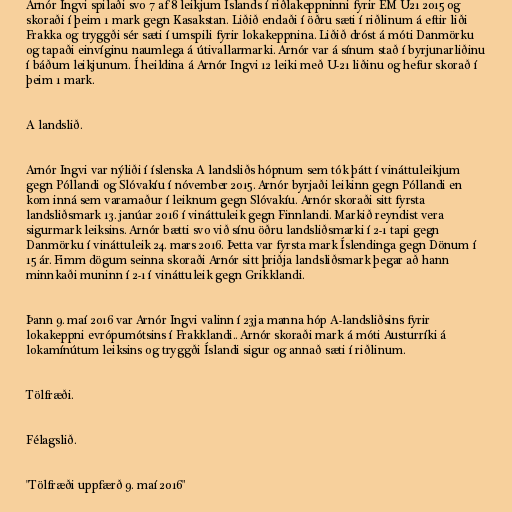
Arnór Ingvi spilaði svo 7 af 8 leikjum Íslands í riðlakeppninni fyrir EM U21 2015 og
skoraði í þeim 1 mark gegn Kasakstan. Liðið endaði í öðru sæti í riðlinum á eftir liði
Frakka og tryggði sér sæti í umspili fyrir lokakeppnina. Liðið dróst á móti Danmörku
og tapaði einvíginu naumlega á útivallarmarki. Arnór var á sínum stað í byrjunarliðinu
í báðum leikjunum. Í heildina á Arnór Ingvi 12 leiki með U-21 liðinu og hefur skorað í
þeim 1 mark.

A landslið.

Arnór Ingvi var nýliði í íslenska A landsliðs hópnum sem tók þátt í vináttuleikjum
gegn Póllandi og Slóvakíu í nóvember 2015. Arnór byrjaði leikinn gegn Póllandi en
kom inná sem varamaður í leiknum gegn Slóvakíu. Arnór skoraði sitt fyrsta
landsliðsmark 13. janúar 2016 í vináttuleik gegn Finnlandi. Markið reyndist vera
sigurmark leiksins. Arnór bætti svo við sínu öðru landsliðsmarki í 2-1 tapi gegn
Danmörku í vináttuleik 24. mars 2016. Þetta var fyrsta mark Íslendinga gegn Dönum í
15 ár. Fimm dögum seinna skoraði Arnór sitt þriðja landsliðsmark þegar að hann
minnkaði muninn í 2-1 í vináttuleik gegn Grikklandi.

Þann 9. maí 2016 var Arnór Ingvi valinn í 23ja manna hóp A-landsliðsins fyrir
lokakeppni evrópumótsins í Frakklandi.. Arnór skoraði mark á móti Austurríki á
lokamínútum leiksins og tryggði Íslandi sigur og annað sæti í riðlinum.

Tölfræði.

Félagslið.

"Tölfræði uppfærð 9. maí 2016"